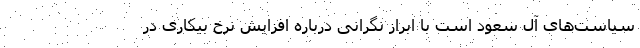
سیاست‌های آل سعود است با ابراز نگرانی درباره افزایش نرخ بیکاری در